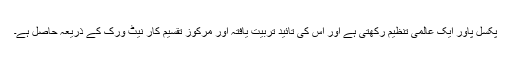
پکسل پاور ایک عالمی تنظیم رکھتی ہے اور اس کی تائید تربیت یافتہ اور مرکوز تقسیم کار نیٹ ورک کے ذریعہ حاصل ہے۔